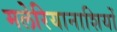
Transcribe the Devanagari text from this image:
मलेरियानाशियों